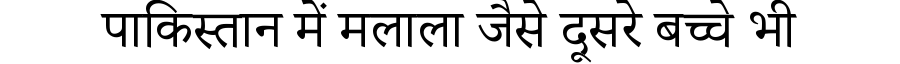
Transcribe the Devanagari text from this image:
पाकिस्तान में मलाला जैसे दूसरे बच्चे भी